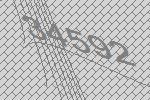
34592